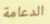
الدعامة